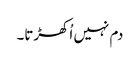
دم نہیں اُکھڑتا۔